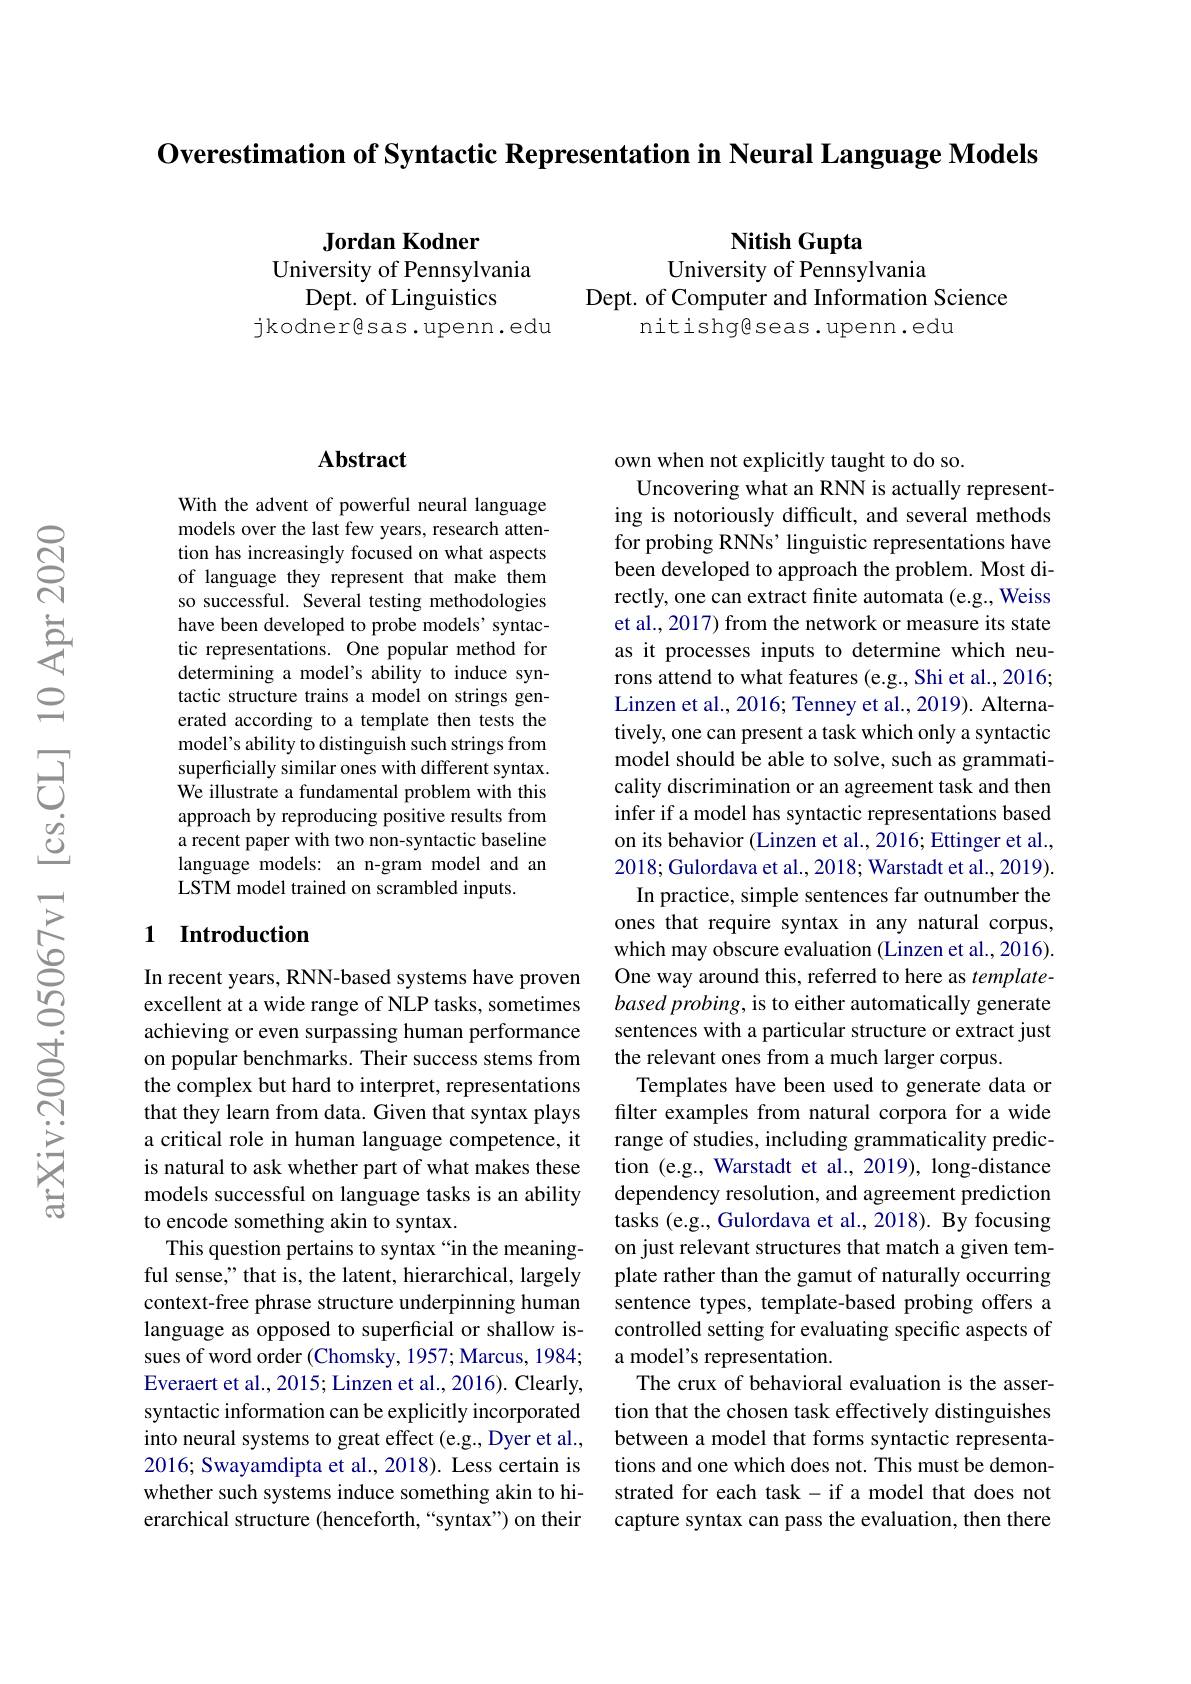
Overestimation of Syntactic Representation in Neural Language Models

Jordan Kodner
University of Pennsylvania
Dept. of Linguistics
jkodnergsas.upenn.edu

Nitish Gupta
University of Pennsylvania
Dept. of Computer and Information Science
nitishgeseas.upenn.edu

### $\mathbf{Abstract}$

With the advent of powerful neural language models over the last few years, research attention has increasingly focused on what aspects of language they represent that make them so successful. Several testing methodologies have been developed to probe models' syntactic representations. One popular method for determining a model's ability to induce syntactic structure trains a model on strings generated according to a template then tests the model's ability to distinguish such strings from superficially similar ones with different syntax. $\tilde{\text{We illustrate a fundamental problem with this}}$ approach by reproducing positive results from a recent paper with two non-syntactic baseline language models: an n-gram model and an LSTM model trained on scrambled inputs.

## 1 Introduction

In recent years, RNN-based systems have proven excellent at a wide range of NLP tasks, sometimes achieving or even surpassing human performance on popular benchmarks. Their success stems from the complex but hard to interpret, representations that they learn from data. Given that syntax plays a critical role in human language competence, it is natural to ask whether part of what makes these models successful on language tasks is an ability to encode something akin to syntax.
This question pertains to syntax “in the meaningful sense," that is, the latent, hierarchical, largely context-free phrase structure underpinning human language as opposed to superficial or shallow issues of word order (Chomsky, 1957; Marcus, 1984; Everaert et al., 2015; Linzen et al., 2016). Clearly, syntactic information can be explicitly incorporated into neural systems to great effect (e.g., Dyer et al., 2016; Swayamdipta et al., 2018). Less certain is whether such systems induce something akin to hierarchical structure (henceforth,“syntax”) on their

own when not explicitly taught to do so.
Uncovering what an RNN is actually representing is notoriously difficult, and several methods for probing RNNs' linguistic representations have been developed to approach the problem. Most directly, one can extract finite automata (e.g., Weiss et al., 2017) from the network or measure its state as it processes inputs to determine which neurons attend to what features (e.g., Shi et al., 2016; Linzen et al., 2016; Tenney et al., 2019). Alternatively, one can present a task which only a syntactic model should be able to solve, such as grammaticality discrimination or an agreement task and then infer if a model has syntactic representations based on its behavior (Linzen et al., 2016; Ettinger et al., 2018; Gulordava et al., 2018; Warstadt et al., 2019). In practice, simple sentences far outnumber the
ones that require syntax in any natural corpus, which may obscure evaluation (Linzen et al.,2016). One way around this, referred to here as template- $based\textit{probing, is to either automatically generate}$ sentences with a particular structure or extract just the relevant ones from a much larger corpus.
Templates have been used to generate data or filter examples from natural corpora for a wide range of studies, including grammaticality prediction (e.g., Warstadt et al., 2019), long-distance dependency resolution, and agreement prediction tasks (e.g., Gulordava et al., 2018). By focusing on just relevant structures that match a given template rather than the gamut of naturally occurring sentence types, template-based probing offers a controlled setting for evaluating specific aspects of a model's representation.
The crux of behavioral evaluation is the assertion that the chosen task effectively distinguishes between a model that forms syntactic representations and one which does not. This must be demonstrated for each task-if a model that does not capture syntax can pass the evaluation, then there